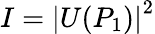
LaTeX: I=\left|U(P_{1})\right|^{2}